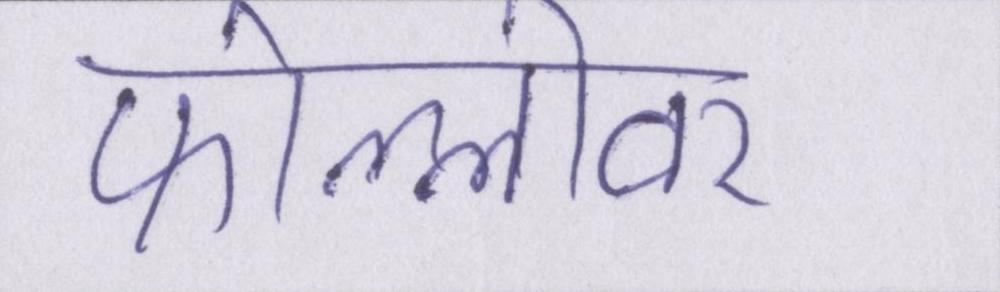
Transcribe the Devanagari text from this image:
फोल्लोवर